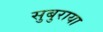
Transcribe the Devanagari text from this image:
सुबुराया